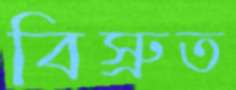
বিস্রুত